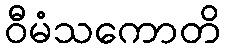
ဝီမံသကောတိ